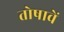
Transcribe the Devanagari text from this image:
तोषावें